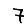
Digit: 7